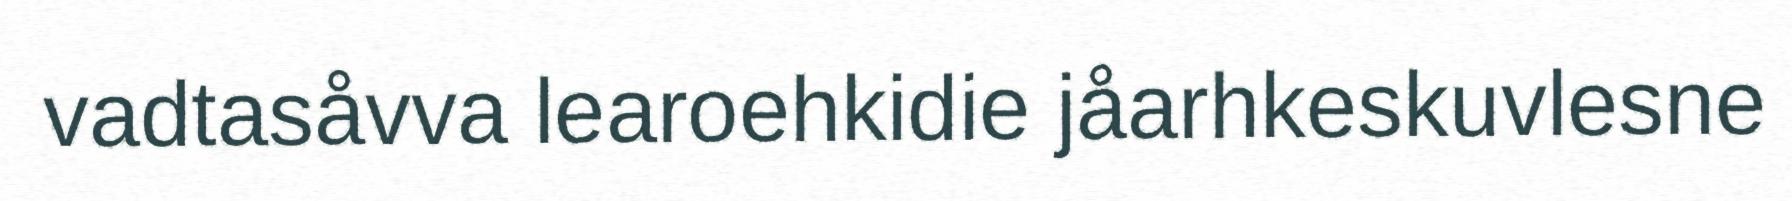
vadtasåvva learoehkidie jåarhkeskuvlesne